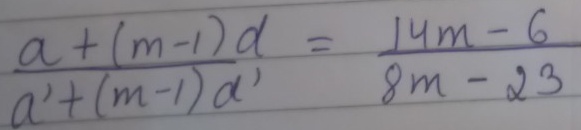
\[\frac{a+(m - 1)d}{a'+(m - 1)d'}=\frac{14m - 6}{8m - 23}\]